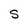
Character: S